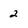
Character: 2